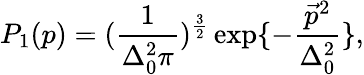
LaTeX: P_{1}(p)=(\frac{1}{\Delta_{0}^{2}\pi})^{\frac{3}{2}}\exp\{ -\frac{\vec{p}^{2}}{\Delta_{0}^{2}}\} ,